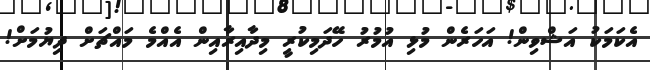
އެކަމަކު އަޝްވިން! އަހަރެން މުޅި އުމުރު ހޭދަމިކުރީ މިދާއިރާއިން އެއްމެ މައްޗަށް ދިޔުމަށް!